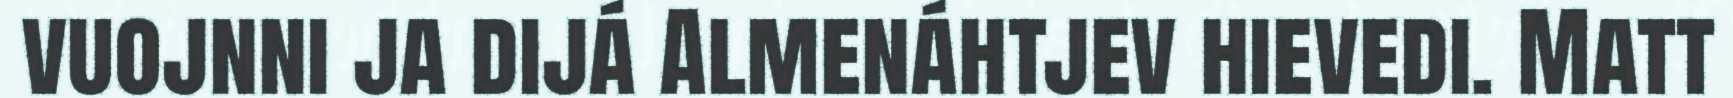
vuojnni ja dijá Almenáhtjev hievedi. Matt